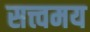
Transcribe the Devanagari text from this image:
सत्त्वमय